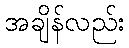
အချိန်လည်း